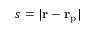
s = | { \bf r } - { \bf r } _ { \mathrm { p } } |